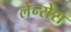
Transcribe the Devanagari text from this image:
लेन्सेस